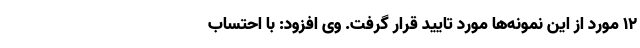
۱۲ مورد از این نمونه‌ها مورد تایید قرار گرفت. وی افزود: با احتساب